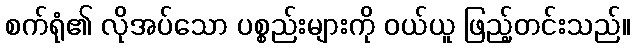
စက်ရုံ၏ လိုအပ်သော ပစ္စည်းများကို ဝယ်ယူ ဖြည့်တင်းသည်။